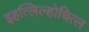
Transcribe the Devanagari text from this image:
इहत्लिल्होचित्ल